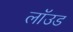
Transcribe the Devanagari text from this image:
लॉउड